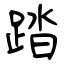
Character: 踏